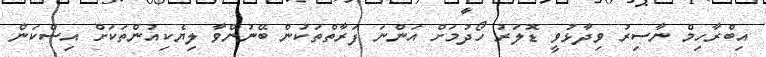
އިބްރާހިމް ނާސިރު ވިދާޅުވީ ޑޮލަރު ހޯދުމަށް އަންނަ ފަރާތްތަކުން ބޭނުންވާ ލިޔެކިއުންތަކަށް އިސްކަން